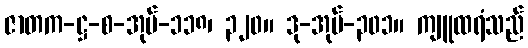
ဇာတက-ဋ္ဌ-စ-အုပ်-၁၁၈၊ ၃၂၀။ ဒု-အုပ်-၃၀၁။ ကျူထရံသည်